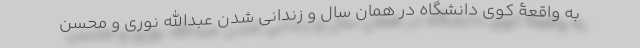
به واقعۀ کوی دانشگاه در همان سال و زندانی شدن عبدالله نوری و محسن